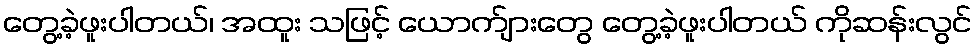
တွေ့ခဲ့ဖူးပါတယ်၊ အထူး သဖြင့် ယောက်ျားတွေ တွေ့ခဲ့ဖူးပါတယ် ကိုဆန်းလွင်